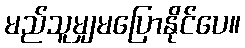
မည်သူမျှမပြောနိုင်ပေ။